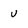
Character: u